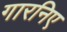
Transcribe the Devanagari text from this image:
गारनिए